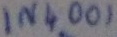
Text: IN4001